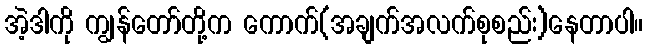
အဲ့ဒါကို ကျွန်တော်တို့က ကောက်(အချက်အလက်စုစည်း)နေတာပါ။